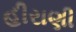
હીરાણી